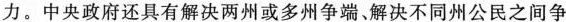
力。中央政府还具有解决两州或多州争端、解决不同州公民之间争